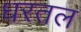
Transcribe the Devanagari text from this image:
धरतल